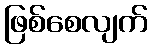
ဖြစ်စေလျက်